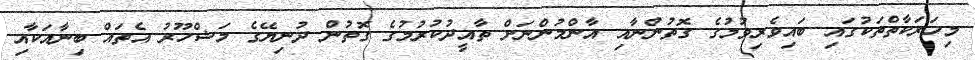
މިހަރަކާތްތަކުގައި ބައިވެރިވުމުގެ ގޮތުންނާއި އާންމުންނަށް ތާއީދުކުރުމުގެ ގޮތުން ދުނިޔޭގެ މަޝްހޫރު އެތައް ބިނާއަކާއި